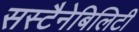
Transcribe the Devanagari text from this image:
सस्टैनेबिलिटी